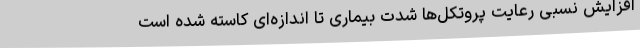
افزایش نسبی رعایت پروتکل‌ها شدت بیماری تا اندازه‌ای کاسته شده است